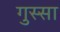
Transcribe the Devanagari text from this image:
गुस्‍सा